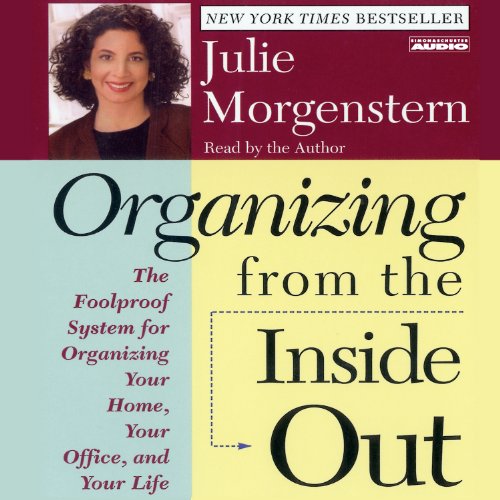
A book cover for Organizing from the Inside Out; Julie Morgenstern; Business & Money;